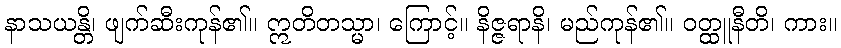
နာသယန္တိ၊ ဖျက်ဆီးကုန်၏။ ဣတိတသ္မာ၊ ကြောင့်။ နိဇ္ဇရာနိ၊ မည်ကုန်၏။ ဝတ္ထူနီတိ၊ ကား။